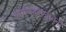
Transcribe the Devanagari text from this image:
आर्यमतसंजीवनी